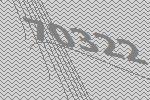
70322